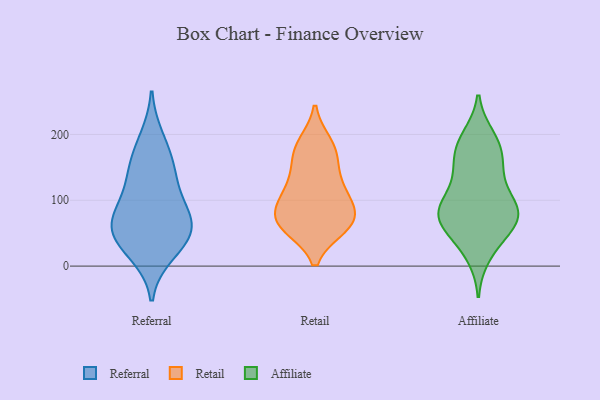
{"axis": {"x": "Satisfaction Score", "y": "Value"}, "legend": ["Affiliate", "Referral", "Retail"], "data": [{"x": "", "y": 19, "type": "Referral"}, {"x": "", "y": 56, "type": "Referral"}, {"x": "", "y": 30, "type": "Referral"}, {"x": "", "y": 55, "type": "Referral"}, {"x": "", "y": 160, "type": "Referral"}, {"x": "", "y": 100, "type": "Referral"}, {"x": "", "y": 149, "type": "Referral"}, {"x": "", "y": 125, "type": "Referral"}, {"x": "", "y": 79, "type": "Referral"}, {"x": "", "y": 194, "type": "Referral"}, {"x": "", "y": 53, "type": "Referral"}, {"x": "", "y": 68, "type": "Referral"}, {"x": "", "y": 60, "type": "Retail"}, {"x": "", "y": 64, "type": "Retail"}, {"x": "", "y": 106, "type": "Retail"}, {"x": "", "y": 69, "type": "Retail"}, {"x": "", "y": 185, "type": "Retail"}, {"x": "", "y": 175, "type": "Retail"}, {"x": "", "y": 86, "type": "Retail"}, {"x": "", "y": 106, "type": "Retail"}, {"x": "", "y": 121, "type": "Retail"}, {"x": "", "y": 141, "type": "Retail"}, {"x": "", "y": 64, "type": "Retail"}, {"x": "", "y": 173, "type": "Retail"}, {"x": "", "y": 67, "type": "Retail"}, {"x": "", "y": 131, "type": "Affiliate"}, {"x": "", "y": 72, "type": "Affiliate"}, {"x": "", "y": 80, "type": "Affiliate"}, {"x": "", "y": 195, "type": "Affiliate"}, {"x": "", "y": 180, "type": "Affiliate"}, {"x": "", "y": 78, "type": "Affiliate"}, {"x": "", "y": 189, "type": "Affiliate"}, {"x": "", "y": 53, "type": "Affiliate"}, {"x": "", "y": 170, "type": "Affiliate"}, {"x": "", "y": 67, "type": "Affiliate"}, {"x": "", "y": 152, "type": "Affiliate"}, {"x": "", "y": 17, "type": "Affiliate"}, {"x": "", "y": 35, "type": "Affiliate"}, {"x": "", "y": 95, "type": "Affiliate"}, {"x": "", "y": 84, "type": "Affiliate"}, {"x": "", "y": 138, "type": "Affiliate"}, {"x": "", "y": 87, "type": "Affiliate"}, {"x": "", "y": 84, "type": "Affiliate"}]}